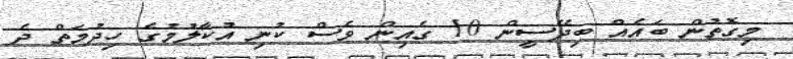
މިގޮތުން ބައެއް ބިދޭސީން 10 ގެއިން ވެސް ކުނި އުކާލުމުގެ ހިދުމަތް ދެ